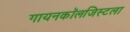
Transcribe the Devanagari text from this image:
गायनकॉलजिस्टला